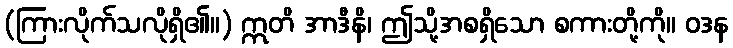
(ကြားလိုက်သလိုရှိ၏။) ဣတိ အာဒီနိ၊ ဤသို့အစရှိသော စကားတို့ကို။ ဝဒန